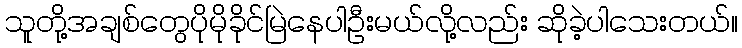
သူတို့အချစ်တွေပိုမိုခိုင်မြဲနေပါဦးမယ်လို့လည်း ဆိုခဲ့ပါသေးတယ်။